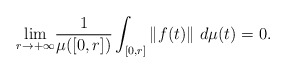
\begin{align*}\underset{r\rightarrow+\infty}{\lim}\frac{1}{\mu([0,r])}\int_{[0,r]}\left\Vert f(t)\right\Vert \,d\mu(t)=0 .\end{align*}